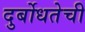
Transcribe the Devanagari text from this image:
दुर्बोधतेची